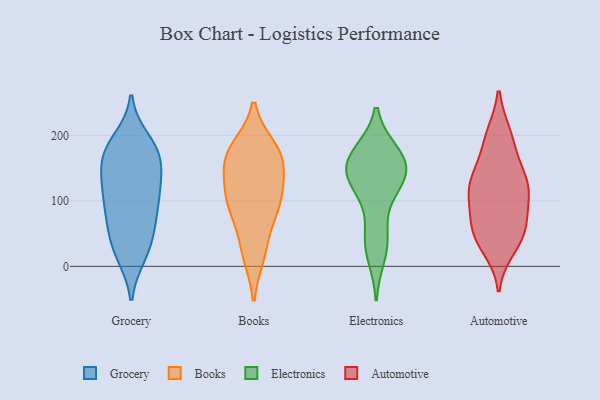
{"axis": {"x": "Production Output", "y": "Value"}, "legend": ["Automotive", "Books", "Electronics", "Grocery"], "data": [{"x": "", "y": 18, "type": "Grocery"}, {"x": "", "y": 29, "type": "Grocery"}, {"x": "", "y": 174, "type": "Grocery"}, {"x": "", "y": 85, "type": "Grocery"}, {"x": "", "y": 131, "type": "Grocery"}, {"x": "", "y": 172, "type": "Grocery"}, {"x": "", "y": 128, "type": "Grocery"}, {"x": "", "y": 170, "type": "Grocery"}, {"x": "", "y": 120, "type": "Grocery"}, {"x": "", "y": 180, "type": "Grocery"}, {"x": "", "y": 164, "type": "Grocery"}, {"x": "", "y": 89, "type": "Grocery"}, {"x": "", "y": 57, "type": "Grocery"}, {"x": "", "y": 123, "type": "Grocery"}, {"x": "", "y": 192, "type": "Grocery"}, {"x": "", "y": 56, "type": "Grocery"}, {"x": "", "y": 21, "type": "Grocery"}, {"x": "", "y": 89, "type": "Grocery"}, {"x": "", "y": 174, "type": "Books"}, {"x": "", "y": 180, "type": "Books"}, {"x": "", "y": 23, "type": "Books"}, {"x": "", "y": 132, "type": "Books"}, {"x": "", "y": 104, "type": "Books"}, {"x": "", "y": 18, "type": "Books"}, {"x": "", "y": 73, "type": "Books"}, {"x": "", "y": 168, "type": "Books"}, {"x": "", "y": 85, "type": "Books"}, {"x": "", "y": 105, "type": "Books"}, {"x": "", "y": 164, "type": "Books"}, {"x": "", "y": 111, "type": "Books"}, {"x": "", "y": 166, "type": "Books"}, {"x": "", "y": 159, "type": "Electronics"}, {"x": "", "y": 125, "type": "Electronics"}, {"x": "", "y": 50, "type": "Electronics"}, {"x": "", "y": 172, "type": "Electronics"}, {"x": "", "y": 171, "type": "Electronics"}, {"x": "", "y": 164, "type": "Electronics"}, {"x": "", "y": 38, "type": "Electronics"}, {"x": "", "y": 148, "type": "Electronics"}, {"x": "", "y": 18, "type": "Electronics"}, {"x": "", "y": 141, "type": "Electronics"}, {"x": "", "y": 137, "type": "Electronics"}, {"x": "", "y": 116, "type": "Electronics"}, {"x": "", "y": 94, "type": "Automotive"}, {"x": "", "y": 45, "type": "Automotive"}, {"x": "", "y": 122, "type": "Automotive"}, {"x": "", "y": 44, "type": "Automotive"}, {"x": "", "y": 200, "type": "Automotive"}, {"x": "", "y": 71, "type": "Automotive"}, {"x": "", "y": 109, "type": "Automotive"}, {"x": "", "y": 128, "type": "Automotive"}, {"x": "", "y": 141, "type": "Automotive"}, {"x": "", "y": 200, "type": "Automotive"}, {"x": "", "y": 180, "type": "Automotive"}, {"x": "", "y": 61, "type": "Automotive"}, {"x": "", "y": 125, "type": "Automotive"}, {"x": "", "y": 126, "type": "Automotive"}, {"x": "", "y": 54, "type": "Automotive"}, {"x": "", "y": 29, "type": "Automotive"}]}